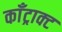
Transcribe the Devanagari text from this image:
काँट्राक्ट